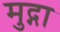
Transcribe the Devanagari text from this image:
मुद्गा